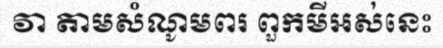
វា តាមសំណូមពរ ពួកមីអស់នេះ